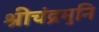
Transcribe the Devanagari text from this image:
श्रीचंद्रमुनि